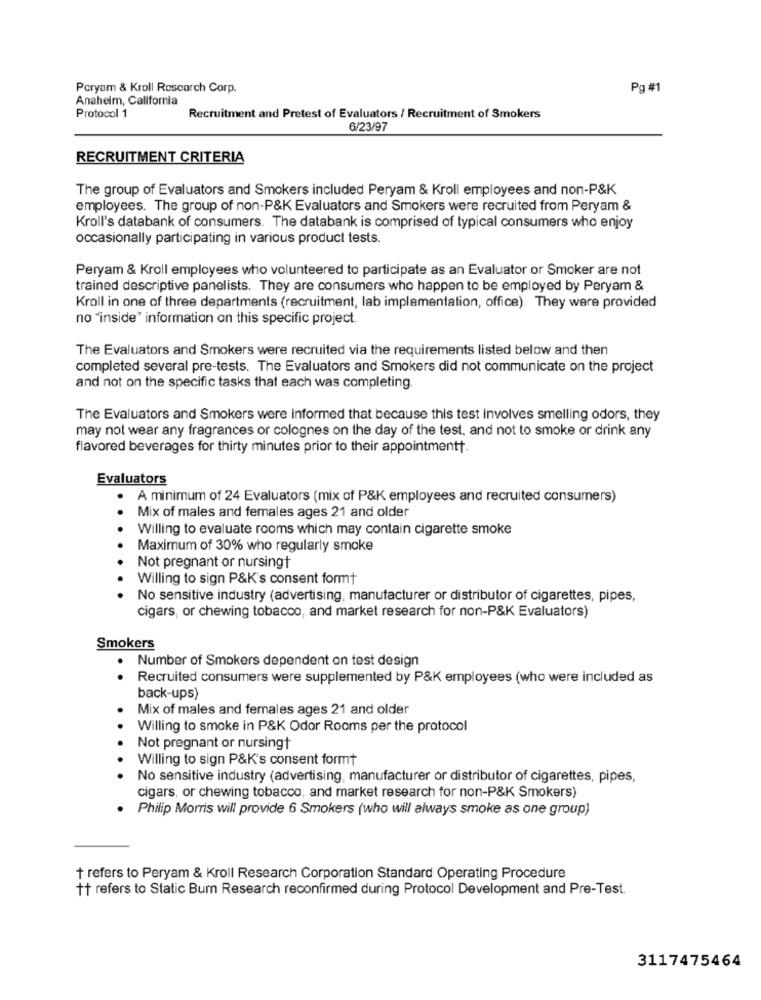
Poryam & Kroll Research Corp.
Pg #1
Anaheim, California
Protocol 1
Recruitment and Pretest of Evaluators / Recruitment of Smokers
6/23/97
RECRUITMENT CRITERIA
The group of Evaluators and Smokers included Peryam & Kroll employees and non-P&K
employees. The group of non-P&K Evaluators and Smokers were recruited from Peryam &
Kroll's databank of consumers. The databank is comprised of typical consumers who enjoy
occasionally participating in various product tests.
Peryam & Kroll employees who volunteered to participate as an Evaluator or Smoker are not
trained descriptive panelists. They are consumers who happen to be employed by Peryam &
Kroll in one of three departments (recruitment, lab implementation, office). They were provided
no "inside" information on this specific project.
The Evaluators and Smokers were recruited via the requirements listed below and then
completed several pre-tests. The Evaluators and Smokers did not communicate on the project
and not on the specific tasks that each was completing
The Evaluators and Smokers were informed that because this test involves smelling odors, they
may not wear any fragrances or colognes on the day of the test, and not to smoke or drink any
flavored beverages for thirty minutes prior to their appointmentt.
Evaluators
A minimum of 24 Evaluators (mix of P&K employees and recruited consumers)
Mix of males and females ages 21 and older
. .
Willing to evaluate rooms which may contain cigarette smoke
Maximum of 30% who regularly smoke
Not pregnant or nursingt
Willing to sign P&K's consent formt
No sensitive industry (advertising, manufacturer or distributor of cigarettes, pipes,
cigars, or chewing tobacco, and market research for non-P&K Evaluators)
Smokers
Number of Smokers dependent on test design
. .
Recruited consumers were supplemented by P&K employees (who were included as
back-ups)
Mix of males and females ages 21 and older
Willing to smoke in P&K Odor Rooms per the protocol
Not pregnant or nursingt
Willing to sign P&K's consent formt
No sensitive industry (advertising, manufacturer or distributor of cigarettes, pipes,
cigars, or chewing tobacco, and market research for non-P&K Smokers)
Philip Morris will provide 6 Smokers (who will always smoke as one group)
+ refers to Peryam & Kroll Research Corporation Standard Operating Procedure
++ refers to Static Bum Research reconfirmed during Protocol Development and Pre-Test.
3117475464